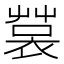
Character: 𧛬